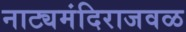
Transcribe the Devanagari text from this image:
नाट्यमंदिराजवळ